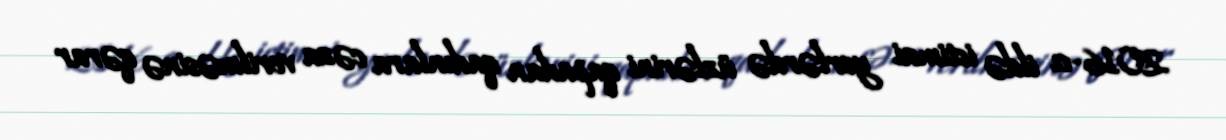
2016-cı ildə ictimai yerlərdə üzlərini qapadan qadınlara cəza verilməsinə qərar